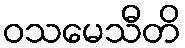
ဝသမေသီတိ